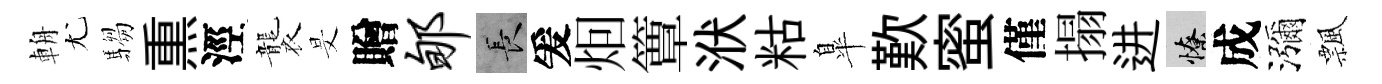
輈尤騶𤋱涇襲旻贈郇长爰𤇆簟洑䊀臯歎蜜僅搨进憭成瀰飄